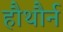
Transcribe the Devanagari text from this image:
हौथौर्न